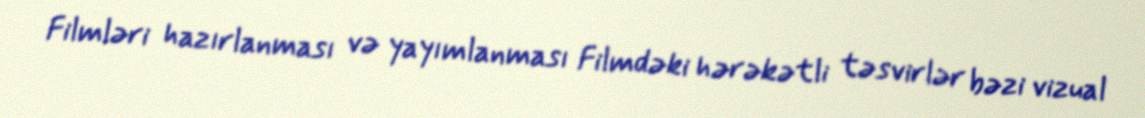
Filmləri hazırlanması və yayımlanması Filmdəki hərəkətli təsvirlər bəzi vizual